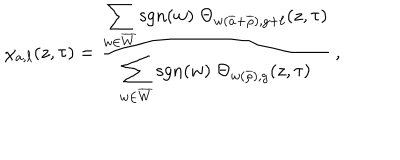
LaTeX: \chi _ { a , \ell } ( z , \tau ) = \frac { \displaystyle \sum _ { w \in \overline { { W } } } \mathrm { s g n } ( w ) \; \Theta _ { w ( \overline { { { a } } } + \overline { { { \rho } } } ) , g + \ell } ( z , \tau ) } { \displaystyle \sum _ { w \in \overline { { W } } } \mathrm { s g n } ( w ) \; \Theta _ { w ( \overline { { { \rho } } } ) , g } ( z , \tau ) } \: ,